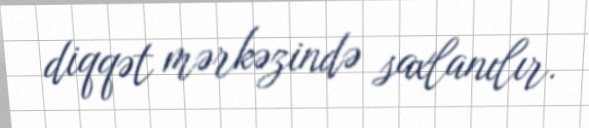
diqqət mərkəzində saxlanılır.